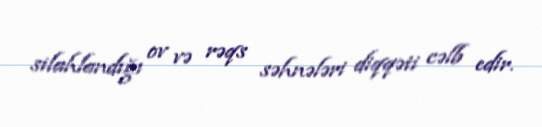
silahlandığı ov və rəqs səhnələri diqqəti cəlb edir.